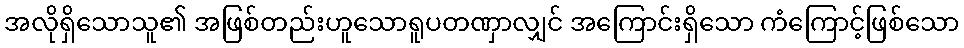
အလိုရှိသောသူ၏ အဖြစ်တည်းဟူသောရူပတဏှာလျှင် အကြောင်းရှိသော ကံကြောင့်ဖြစ်သော